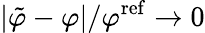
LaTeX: |\tilde{\varphi}-\varphi|/\varphi^{\mathrm{ref}}\to 0